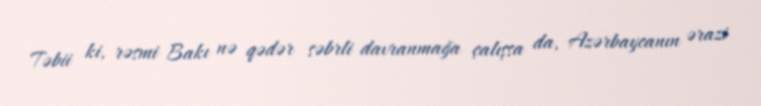
Təbii ki, rəsmi Bakı nə qədər səbrli davranmağa çalışsa da, Azərbaycanın ərazi